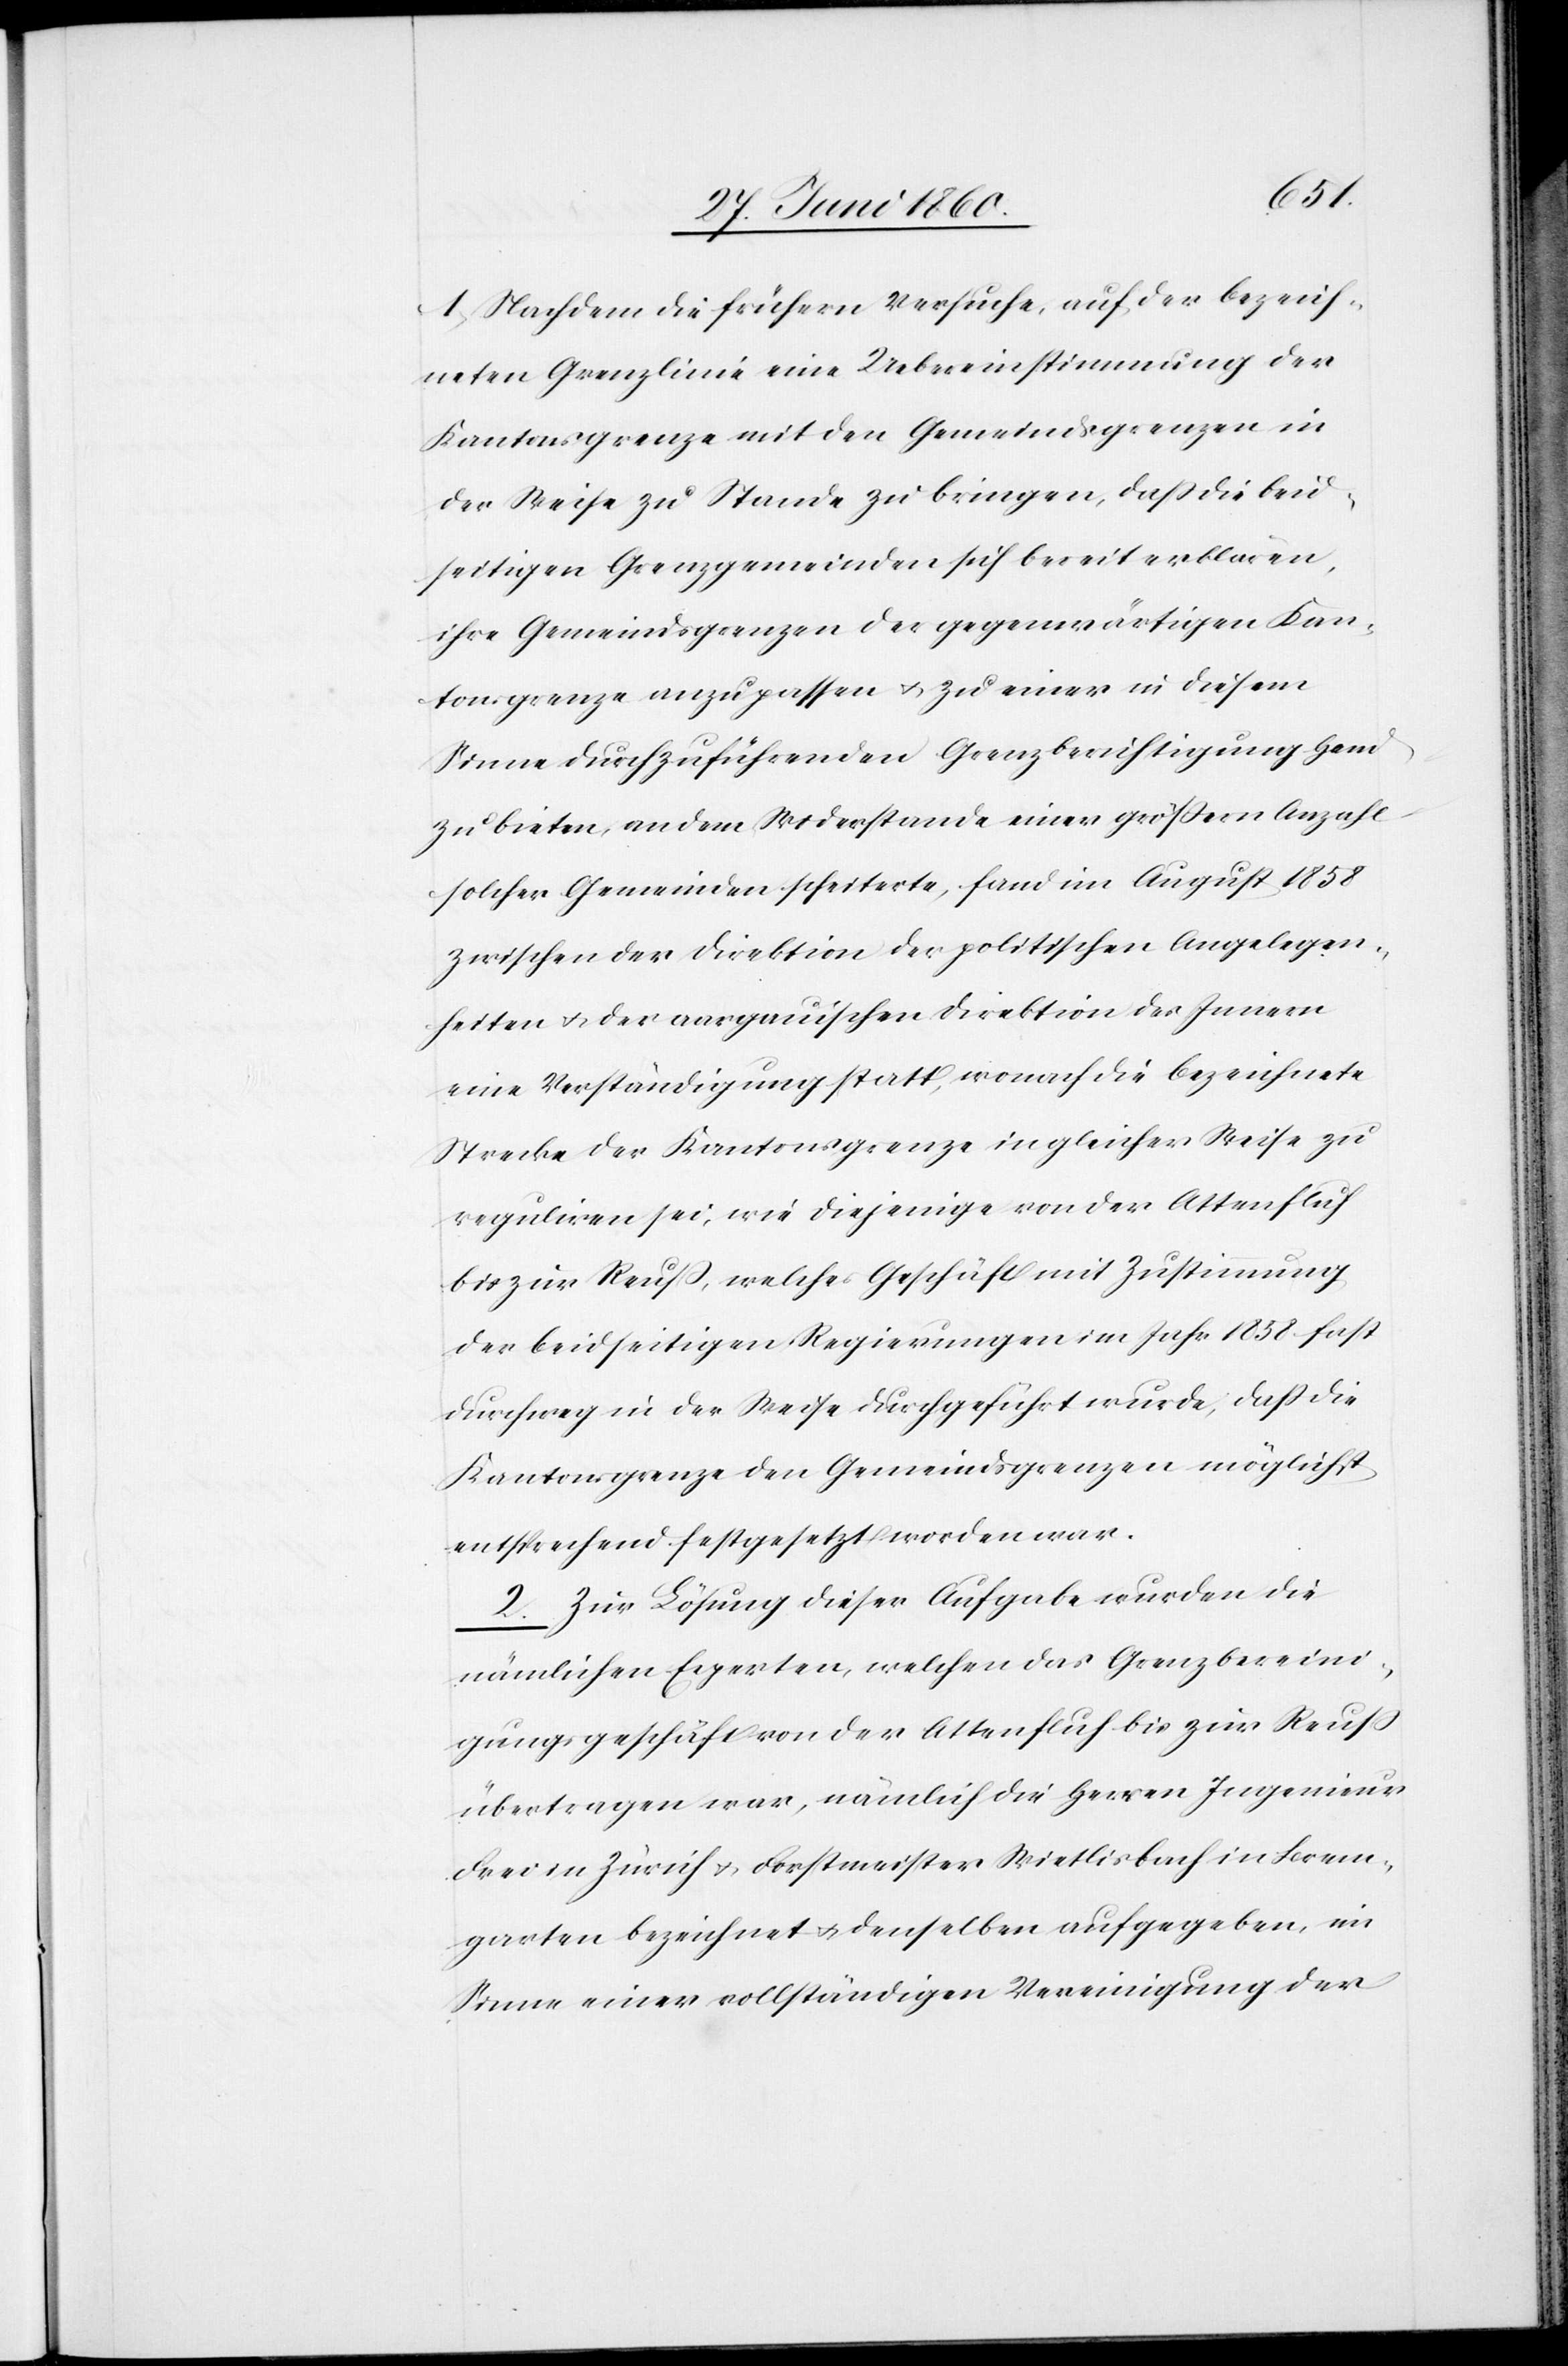
1. Nachdem die frühern Versuche, auf der bezeich¬
neten Grenzlinie eine Uebereinstimmung der
Kantonsgrenze mit den Gemeindsgrenzen in
der Weise zu Stande zu bringen, dass die beid¬
seitigen Grenzgemeinden sich bereit erklären,
ihre Gemeindsgrenzen der gegenwärtigen Kan¬
tonsgrenze anzupassen u. zu einer in diesem
Sinne durchzuführenden Grenzberichtigung Hand
zu bieten, an dem Widerstande einer grössern Anzahl
solcher Gemeinen scheiterte, fand im August 1858
zwischen der Direktion der politischen Angelegen¬
heiten u. der aargauischen Direktion des Innern
eine Verständigung statt, wonach die bezeichnete
Strecke der Kantonsgrenze in gleicher Weise zu
reguliren sei, wie diejenige von der Attenfluch
bis zur Reuss, welches Geschäft mit Zustimmung
der beidseitigen Regierungen im Jahr 1858 fast
durchweg in der Weise durchgeführt wurde, dass die
Kantonsgrenze den Gemeindsgrenzen möglichst
entsprechend festgesetzt worden war.
2. Zur Lösung dieser Aufgabe wurden die
nämlichen Experten, welchen das Grenzbereini¬
gungsgeschäft von der Attenfluch bis zur Reuss
übertragen war, nämlich die Herren Ingenieur
Frei in Zürich u. Forstmeister Rietlisbach in Brem¬
garten bezeichnet u, denselben aufgegeben, im
Sinne einer vollständigen Vereinigung der